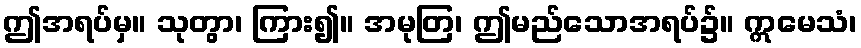
ဤအရပ်မှ။ သုတွာ၊ ကြား၍။ အမုတြ၊ ဤမည်သောအရပ်၌။ ဣမေသံ၊